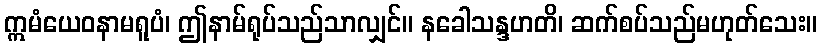
ဣမံယေဝနာမရူပံ၊ ဤနာမ်ရုပ်သည်သာလျှင်။ နခေါသန္ဒဟတိ၊ ဆက်စပ်သည်မဟုတ်သေး။